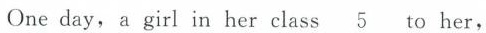
One day,a girl in her class \underline{5} to her,